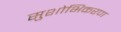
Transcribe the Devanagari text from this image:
सुशोभिकरण